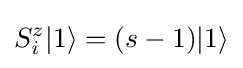
S_{i}^{z}|1\rangle =(s-1)|1\rangle